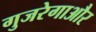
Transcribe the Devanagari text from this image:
गुजरेगाऔर